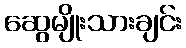
ဆွေမျိုးသားချင်း